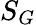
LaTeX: S_{G}